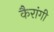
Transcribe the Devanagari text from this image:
कैरांगी